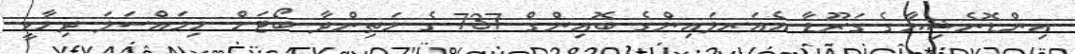
އިންޑޮނެޝިޔާގެ ގަރޫޑާ އެއަރލައިންގެ ބޮއިންގް 737 ގެ މަތިންދާ ބޯޓަށް މިމައްސަލަ ދިމާވީ